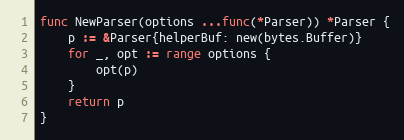
Language: Go
func NewParser(options ...func(*Parser)) *Parser {
	p := &Parser{helperBuf: new(bytes.Buffer)}
	for _, opt := range options {
		opt(p)
	}
	return p
}